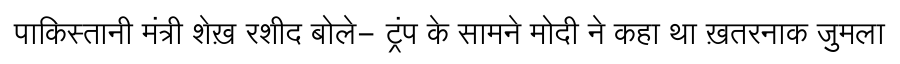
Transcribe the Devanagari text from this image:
पाकिस्तानी मंत्री शेख़ रशीद बोले- ट्रंप के सामने मोदी ने कहा था ख़तरनाक जुमला